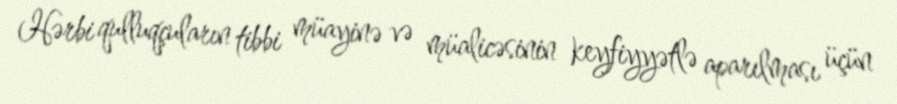
Hərbi qulluqçuların tibbi müayinə və müalicəsinin keyfiyyətlə aparılması üçün